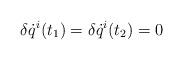
LaTeX: \begin{align*}\delta\dot{q}^{i}(t_{1})=\delta\dot{q}^{i}(t_{2})=0\end{align*}